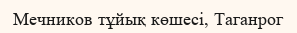
Мечников тұйық көшесі, Таганрог